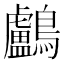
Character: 鸕